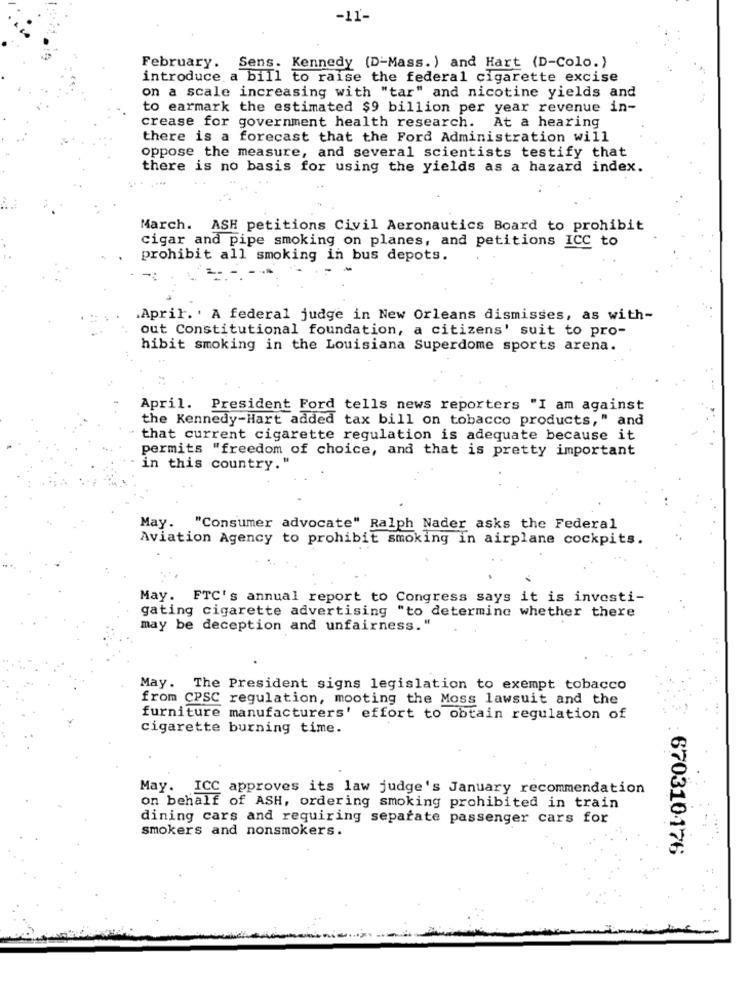
-11-
February. Sens. Kennedy (D-Mass. ) and Hart (D-Colo.)
introduce a bill to raise the federal cigarette excise
on a scale increasing with "tar" and nicotine yields and
to earmark the estimated $9 billion per year revenue in-
crease for government health research. At a hearing
there is a forecast that the Ford Administration will
oppose the measure, and several scientists testify that
there is no basis for using the yields as a hazard index.
March. ASH petitions Civil Aeronautics Board to prohibit
cigar and pipe smoking on planes, and petitions ICC to
prohibit all smoking in bus depots.
April. . A federal judge in New Orleans dismisses, as with-
out Constitutional foundation, a citizens' suit to pro-
hibit smoking in the Louisiana Superdome sports arena.
April. President Ford tells news reporters "I am against
the Kennedy-Hart added tax bill on tobacco products," and
that current cigarette regulation is adequate because it
permits "freedom of choice, and that is pretty important
in this country. "
May. "Consumer advocate" Ralph Nader asks the Federal
Aviation Agency to prohibit smoking in airplane cockpits.
May. FTC's annual report to Congress says it is investi-
gating cigarette advertising "to determine whether there
may be deception and unfairness."
May. The President signs legislation to exempt tobacco
from CPSC regulation, mooting the Moss lawsuit and the
furniture manufacturers' effort to obtain regulation of
cigarette burning time.
May. ICC approves its law judge's January recommendation
on behalf of ASH, ordering smoking prohibited in train
dining cars and requiring separate passenger cars for
smokers and nonsmokers.
670310176